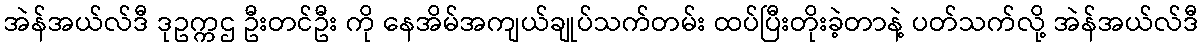
အဲန်အယ်လ်ဒီ ဒုဥက္ကဌ ဦးတင်ဦး ကို နေအိမ်အကျယ်ချုပ်သက်တမ်း ထပ်ပြီးတိုးခဲ့တာနဲ့ ပတ်သက်လို့ အဲန်အယ်လ်ဒီ